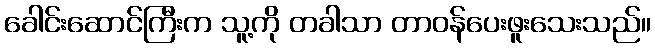
ခေါင်းဆောင်ကြီးက သူ့ကို တခါသာ တာဝန်ပေးဖူးသေးသည်။